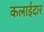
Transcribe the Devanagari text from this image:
कलाईदार